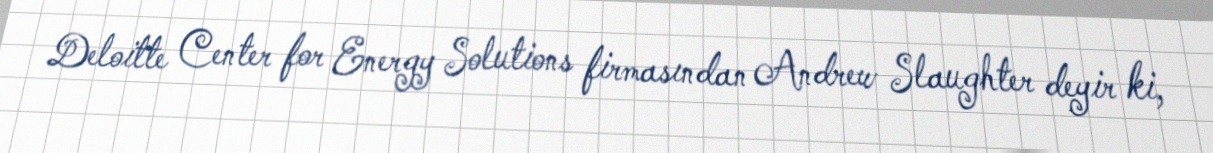
Deloitte Center for Energy Solutions firmasından Andrew Slaughter deyir ki,